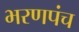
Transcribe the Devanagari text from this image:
भरणपंच